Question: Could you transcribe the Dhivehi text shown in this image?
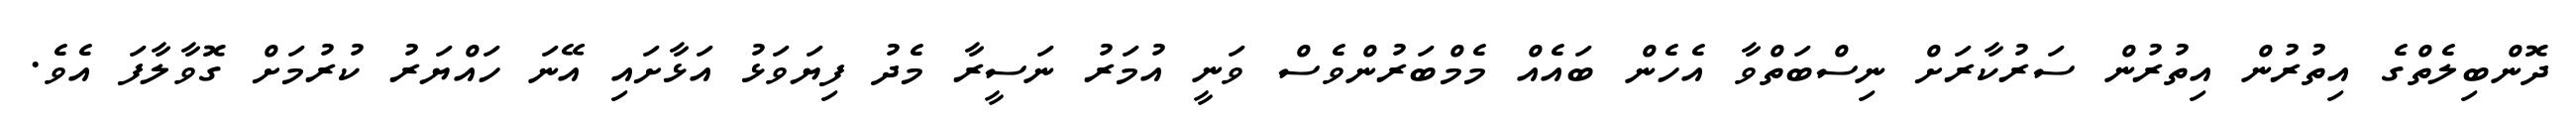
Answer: ދޮންބިލެތްގެ އިތުރުން އިތުރުން ސަރުކާރަށް ނިސްބަތްވާ އެހެން ބައެއް މެމްބަރުންވެސް ވަނީ އުމަރު ނަސީރާ މެދު ފިޔަވަޅު އަޅާށައި އޭނަ ހައްޔަރު ކުރުމަށް ގޮވާލާފަ އެވެ.